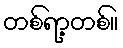
တစ်ရာ့တစ်။